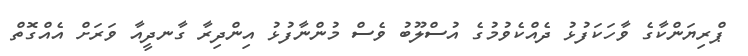
ޕްރިޔަންކާގެ ވާހަކަފުޅު ދެއްކެވުމުގެ އުސްލޫބު ވެސް މުންނާފުޅު އިންދިރާ ގާނދީއާ ވަރަށް އެއްގޮތް